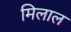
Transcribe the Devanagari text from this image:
मिलाल